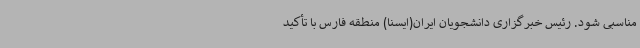
مناسبی شود. رئیس خبرگزاری دانشجویان ایران(ایسنا) منطقه فارس با تأکید